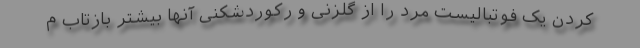
کردن یک فوتبالیست مرد را از گلزنی و رکوردشکنی آنها بیشتر بازتاب م